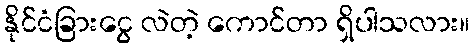
နိုင်ငံခြားငွေ လဲတဲ့ ကောင်တာ ရှိပါသလား။